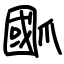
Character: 爴